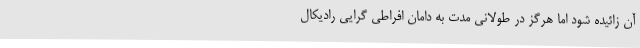
آن زائیده شود اما هرگز در طولاني مدت به دامان افراطی گرایی رادیکال